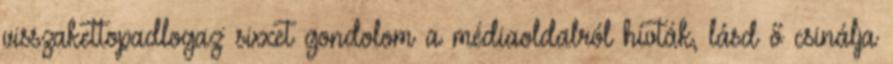
visszakettopadlogaz: sixxet gondolom a médiaoldalról hívták, lásd ő csinálja